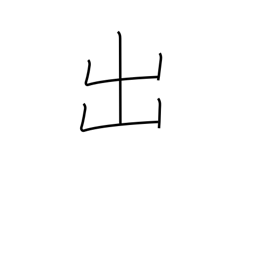
Meaning: exit